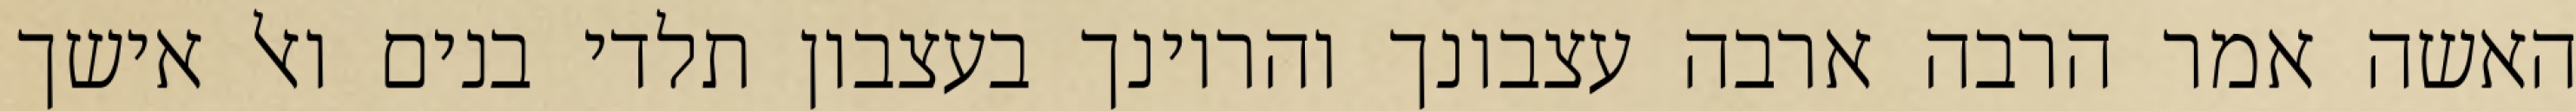
האשה אמר הרבה ארבה עצבונך והריונך בעצבון תלדי בנים ואל אישך